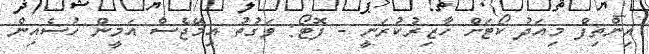
އިންތިފް މިއަދު ކޯޓަށް ހާޒިރުކުރަނީ - ފޮޓޯ: ވަގުތު އިމޭޖެސް އަމީން ހުސެއިން